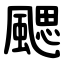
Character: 颸